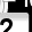
Digit: 2